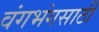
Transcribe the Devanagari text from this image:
वंगभंगसाठी